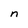
Character: n